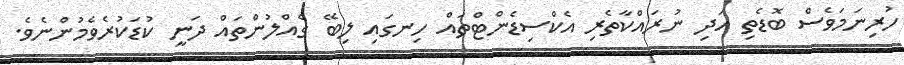
ހުރިނަމަވެސް ބޮޑެތި އަދި ނުރައްކާތެރި އެކްސިޑެންޓްތައް ހިނގައި ލިބޭ ގެއްލުންތައް ދަނީ ކުޑަކުރެވެމުންނެވެ.